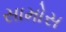
સામોસ